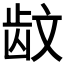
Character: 𱌪